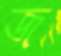
জ